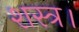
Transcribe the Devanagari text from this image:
शस्त्र।